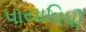
પાયાવિધી